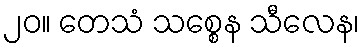
၂၀။ တေသံ သစ္စေန သီလေန၊